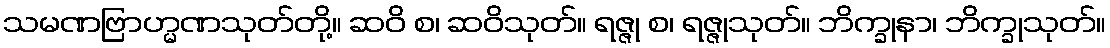
သမဏဗြာဟ္မဏသုတ်တို့။ ဆဝိ စ၊ ဆဝိသုတ်။ ရဇ္ဇု စ၊ ရဇ္ဇုသုတ်။ ဘိက္ခုနာ၊ ဘိက္ခုသုတ်။